Vaccination in the Punjab 1883-1896 - 1883-1896
Year: 1883
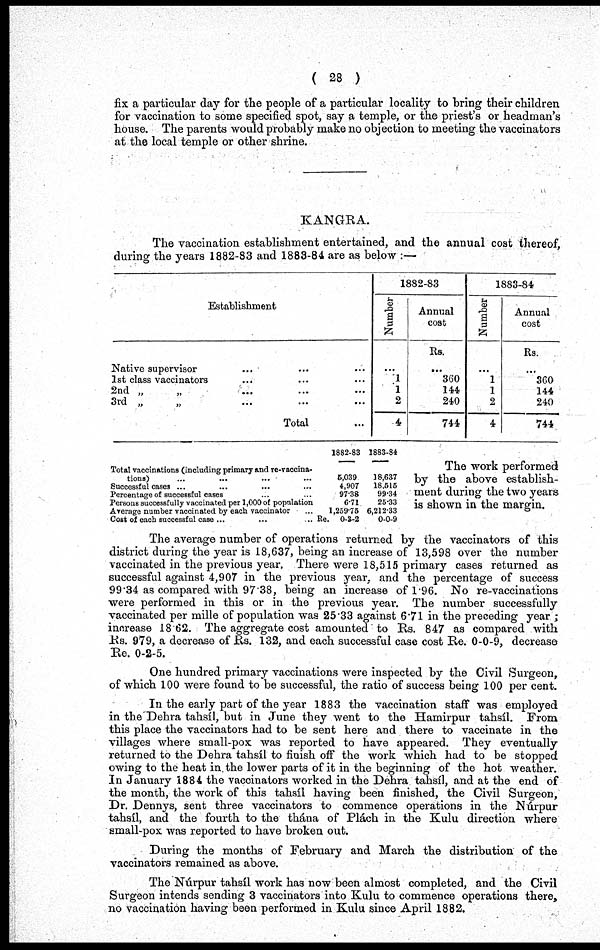
( 28 )
fix a particular day for the people of a particular locality to bring their children
for vaccination to some specified spot, say a temple, or the priest's or headman's
house. The parents would probably make no objection to meeting the vaccinators
at the local temple or other shrine.
KANGRA.
The vaccination establishment entertained, and the annual cost thereof,
during the years 1882-83 and 1883-84 are as below :—
Establishment
Native supervisor ... ... ...
1st class vaccinators ... ... ...
2nd „
„ ... ... ...
3rd „ „ ... ... ...
Total ...
1882-83
Number
...
1
1
2
4
Annual
cost
Rs.
...
360
144
240
744
1883-84
Number
...
1
1
2
4
Annual
cost
Rs.
...
360
144
240
744
Total vaccinations (including primary and re-vaccina-
tions)
...
...
...
...
Successful cases ... ... ... ...
Percentage of successful cases ... ...
Persons successfully vaccinated per 1,000 of population
Average number vaccinated by each vaccinator ...
Cost of each successful case ... ... ...
1882-83
5,039
4,907
97.38
6.71
1,259.75
Re. 0-3-2
1883-84
18,637
18,515
99.34
25.33
6,212.33
0-0-9
The work performed
by the above establish-
ment during the two years
is shown in the margin.
The average number of operations returned by the vaccinators of this
district during the year is 18,637, being an increase of 13,598 over the number
vaccinated in the previous year. There were 18,515 primary cases returned as
successful against 4,907 in the previous year, and the percentage of success
99.34 as compared with 97.38, being an increase of 1.96. No re-vaccinations
were performed in this or in the previous year. The number successfully
vaccinated per mille of population was 25.33 against 6.71 in the preceding year ;
increase 18.62. The aggregate cost amounted to Rs. 847 as compared with
Rs. 979, a decrease of Rs. 132, and each successful case cost Re. 0-0-9, decrease
Re. 0-2-5.
One hundred primary vaccinations were inspected by the Civil Surgeon,
of which 100 were found to be successful, the ratio of success being 100 per cent.
In the early part of the year 1883 the vaccination staff was employed
in the Dehra tahsíl, but in June they went to the Hamirpur tahsíl. From
this place the vaccinators had to be sent here and there to vaccinate in the
villages where small-pox was reported to have appeared. They eventually
returned to the Dehra tahsíl to finish off the work which had to be stopped
owing to the heat in the lower parts of it in the beginning of the hot weather.
In January 1884 the vaccinators worked in the Dehra tahsíl, and at the end of
the month, the work of this tahsíl having been finished, the Civil Surgeon,
Dr. Dennys, sent three vaccinators to commence operations in the Núrpur
tahsíl, and the fourth to the thána of Plách in the Kulu direction where
small-pox was reported to have broken out.
During the months of February and March the distribution of the
vaccinators remained as above.
The Núrpur tahsíl work has now been almost completed, and the Civil
Surgeon intends sending 3 vaccinators into Kulu to commence operations there,
no vaccination having been performed in Kulu since April 1882.